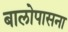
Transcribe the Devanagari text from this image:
बालोपासना